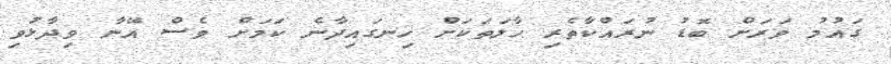
ގައުމު ވަރަށް ބޮޑު ނުރައްކާތެރި ހާލަތަކަށް ހިނގައިދާނެ ކަމަށް ވެސް އޭނާ ވިދާޅުވި